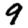
Digit: 9